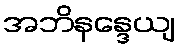
အဘိနန္ဒေယျ